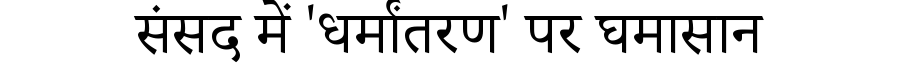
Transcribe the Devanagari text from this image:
संसद में 'धर्मांतरण' पर घमासान